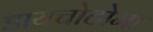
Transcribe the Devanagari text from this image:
डायचोटोमा